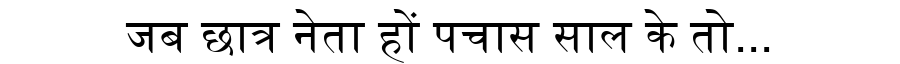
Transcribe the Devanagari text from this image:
जब छात्र नेता हों पचास साल के तो...